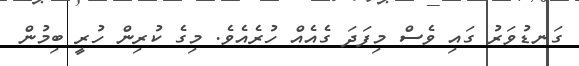
ގަނޑުވަރު ގައި ވެސް މިފަދަ ގެއެއް ހުރެއެވެ. މިގެ ކުރިން ހުރީ ބިމުން